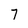
Character: 7